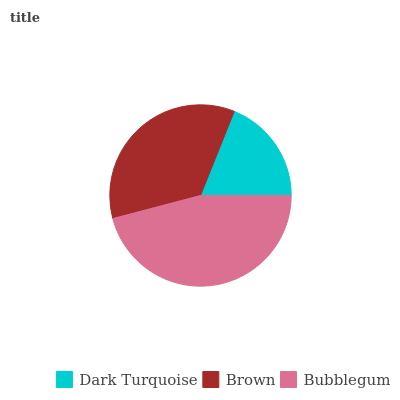
| Dark Turquoise | Brown | Bubblegum |
 | --- | --- | --- |
 | 18.9% | 35.2% | 45.9% |